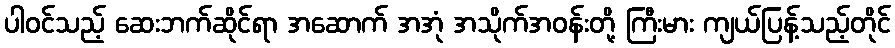
ပါဝင်သည့် ဆေးဘက်ဆိုင်ရာ အဆောက် အအုံ အသိုက်အဝန်းတို့ ကြီးမား ကျယ်ပြန့်သည့်တိုင်